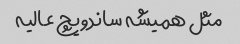
مثل همیشه ساندویچ عالیه